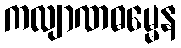
ကလျာဏဓမ္မေန